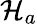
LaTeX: \mathcal{H}_{a}